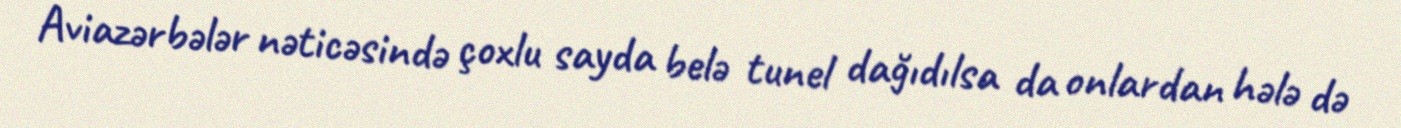
Aviazərbələr nəticəsində çoxlu sayda belə tunel dağıdılsa da onlardan hələ də